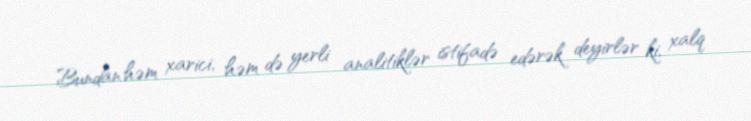
Bundan həm xarici, həm də yerli analitiklər istifadə edərək deyirlər ki, xalq